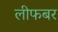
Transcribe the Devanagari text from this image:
लीफबर